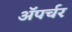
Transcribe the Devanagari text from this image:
ॲपर्चर